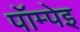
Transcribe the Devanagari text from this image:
पॉम्पेइ